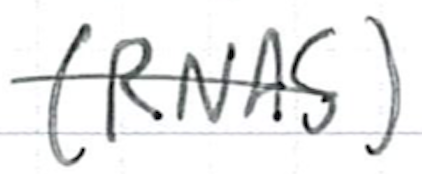
Text: (RNAS)
Cross-out: mix
Writing tool: ballpoint